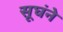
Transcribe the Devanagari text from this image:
सूघंने